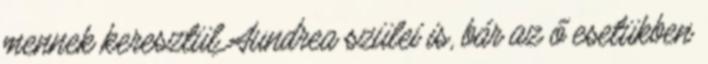
mennek keresztül Aundrea szülei is, bár az ő esetükben